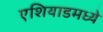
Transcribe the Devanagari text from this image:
एशियाडमध्ये